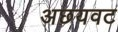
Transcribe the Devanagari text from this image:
अछयवट